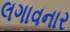
લગાવનાર